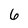
Character: 6